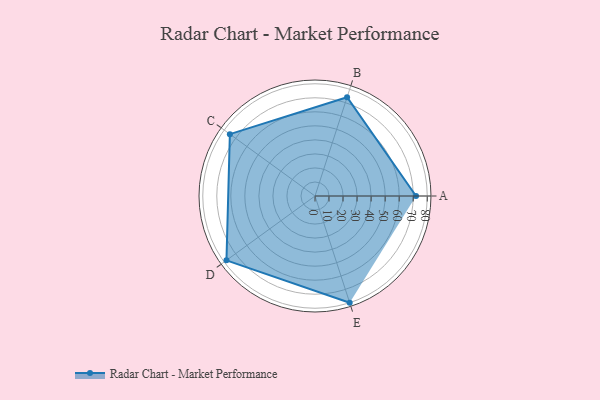
{"axis": {"x": "Skill", "y": "Score"}, "legend": ["Profile"], "data": [{"x": "A", "y": 72.0, "type": "Profile"}, {"x": "B", "y": 74.0, "type": "Profile"}, {"x": "C", "y": 75.0, "type": "Profile"}, {"x": "D", "y": 78.0, "type": "Profile"}, {"x": "E", "y": 80.0, "type": "Profile"}]}